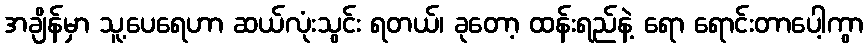
အချိန်မှာ သူ့ပေရေဟာ ဆယ်လုံးသွင်း ရတယ်၊ ခုတော့ ထန်းရည်နဲ့ ရော ရောင်းတာပေါ့ကွာ